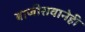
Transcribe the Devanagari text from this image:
बाजीरावानेही